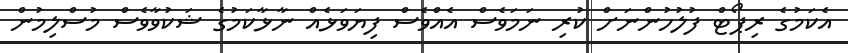
އެކަމުގެ ރިޕޯޓް ފުލުހުންނަށް ކުރި ނަމަވެސް އެއްވެސް ފިޔަވަޅެއް ނާޅާކަމުގެ ޝަކުވާވެސް މުސްލިމުން